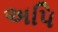
અપિ